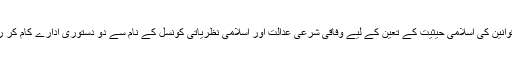
مروجہ قوانین کی اسلامی حیثیت کے تعین کے لیے وفاقی شرعی عدالت اور اسلامی نظریاتی کونسل کے نام سے دو دستوری ادارے کام کر رہے ہیں۔